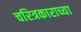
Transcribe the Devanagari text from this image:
चरित्रकाराच्या